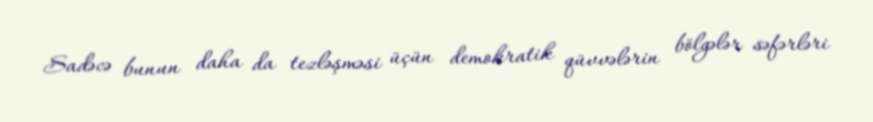
Sadəcə bunun daha da tezləşməsi üçün demokratik qüvvələrin bölgələr səfərləri